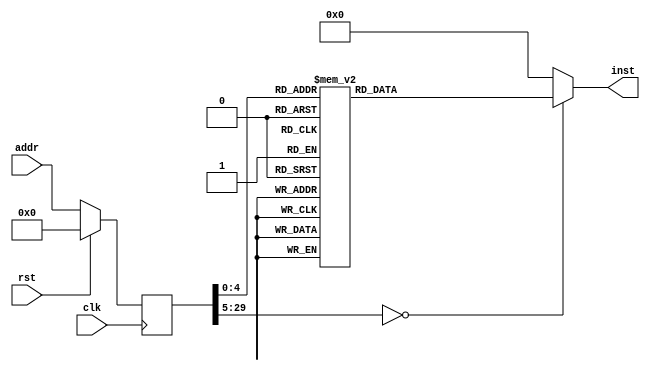
module asmtest(input clk, input rst, input [29:0] addr, output reg [31:0] inst);
reg [29:0] addr_r;
always @(posedge clk)
begin
addr_r <= (rst) ? (30'b0) : (addr);
end
always @(*)
begin
case(addr_r)
30'h00000000: inst = 32'h93037000;
30'h00000001: inst = 32'h93001000;
30'h00000002: inst = 32'h13012000;
30'h00000003: inst = 32'h33841300;
30'h00000004: inst = 32'hb3041400;
30'h00000005: inst = 32'h33859000;
30'h00000006: inst = 32'hb70f0080;
30'h00000007: inst = 32'h938f1f00;
30'h00000008: inst = 32'h970f0080;
30'h00000009: inst = 32'hb38f0f00;
30'h0000000a: inst = 32'h638c7300;
30'h0000000b: inst = 32'hb70f0080;
30'h0000000c: inst = 32'h13000000;
30'h0000000d: inst = 32'h13000000;
30'h0000000e: inst = 32'h13000000;
30'h0000000f: inst = 32'h13000000;
30'h00000010: inst = 32'h93051500;
30'h00000011: inst = 32'hef008000;
30'h00000012: inst = 32'h33000000;
30'h00000013: inst = 32'h93800000;
30'h00000014: inst = 32'h93001000;
30'h00000015: inst = 32'h37050010;
30'h00000016: inst = 32'h23201500;
30'h00000017: inst = 32'h23222500;
30'h00000018: inst = 32'h83250500;
30'h00000019: inst = 32'h03264500;
30'h0000001a: inst = 32'h13010600;
30'h0000001b: inst = 32'h93800500;
default:      inst = 32'h00000000;
endcase
end
endmodule